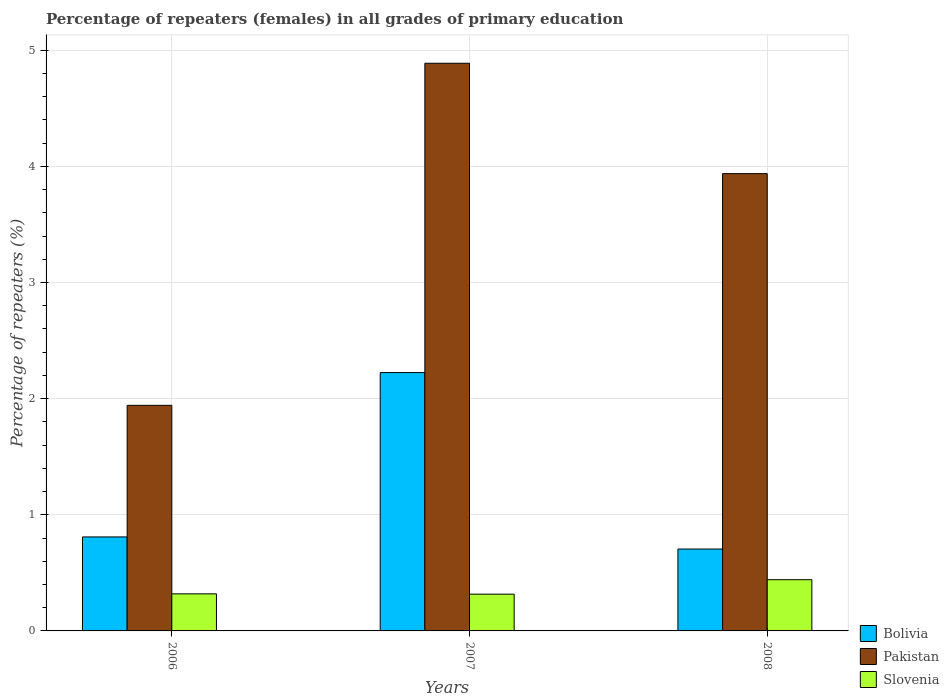
| Years | Bolivia | Pakistan | Slovenia |
 | --- | --- | --- | --- |
 | 2006 | 0.809 | 1.94 | 0.319 |
 | 2007 | 2.22 | 4.89 | 0.316 |
 | 2008 | 0.705 | 3.94 | 0.441 |